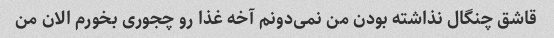
قاشق چنگال نذاشته بودن من نمی‌دونم آخه غذا رو چجوری بخورم الان من